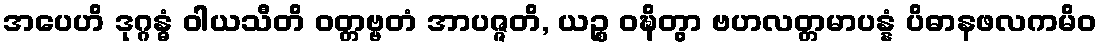
အပေဟိ ဒုဂ္ဂန္ဓံ ဝါယသီတိ ဝတ္တဗ္ဗတံ အာပဇ္ဇတိ, ယဉ္စ ဝဍ္ဎိတွာ ဗဟလတ္တမာပန္နံ ပိဓာနဖလကမိဝ